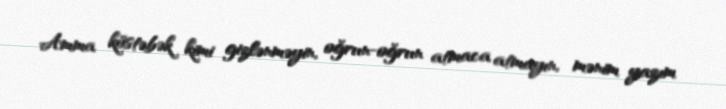
Amma köstəbək kimi gizlənməyin, oğrun-oğrun atmaca atmayın, mənim yazım